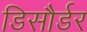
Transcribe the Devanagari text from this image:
डिसौर्डर